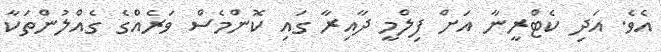
އެވެ. އަދި ކެޓްރީނާ އަށް ފިލްމީ ދާއިރާ ގައި ކޮންމެސް ވަރެއްގެ ގެއްލުންތަކާ